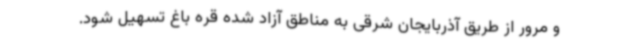
و مرور از طریق آذربایجان شرقی به مناطق آزاد شده قره باغ تسهیل شود.